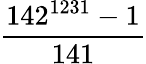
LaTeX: \frac{142^{1231}-1}{141}